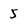
Character: 5